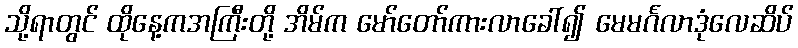
သို့ရာတွင် ထိုနေ့ကအကြီးတို့ အိမ်က မော်တော်ကားလာခေါ်၍ မေမင်္ဂလာဒုံလေဆိပ်